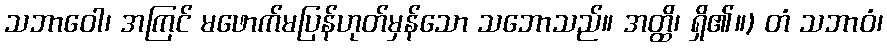
သဘာဝေါ၊ အကြင် မဖောက်မပြန်ဟုတ်မှန်သော သဘောသည်။ အတ္ထိ၊ ရှိ၏။) တံ သဘာဝံ၊